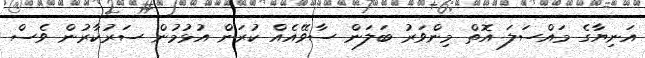
އަނިޔާގެ މައްސަލަ އޮތް މިންވަރު ބަލަން ސާވޭއެއް ކުރަން އުޅުމުން ސަރުކާރުން ވެސް